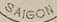
SAIGON